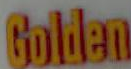
Golden